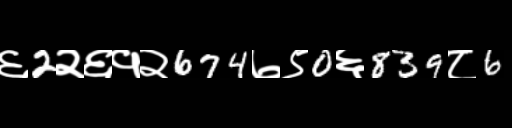
Text: ६2२६१२674७९0६839८6